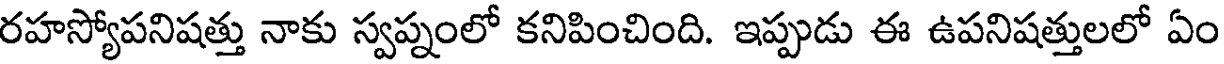
రహస్యోపనిషత్తు నాకు స్వప్నంలో కనిపించింది. ఇప్పుడు ఈ ఉపనిషత్తులలో ఏం